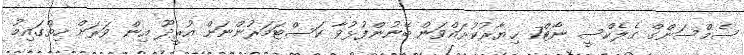
ސެމްސަންގް ގެލެކްސީ ނޯޓް7 ޙިޔާރުކުރައްވަން ބޭނުންފުޅުވާ ކަސްޓަމަރުންނަށް އުރީދޫ އިން ވަރަށް ހިތްގައިމު